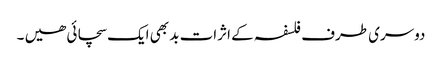
دوسری طرف فلسفہ کے اثرات بد بھی ایک سچائی ھیں ۔